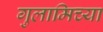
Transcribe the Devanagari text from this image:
गुलामिच्या